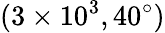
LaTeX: (3\times 10^{3},40^{\circ})